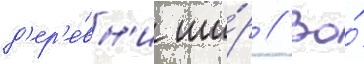
д'ер'е́вн'и ши́р // Во́